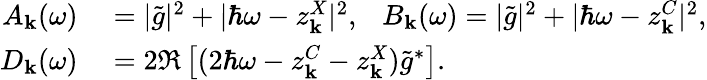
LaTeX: \begin{array}{rl}{A_{\mathbf k}(\omega)}&{{}=|\tilde{g}|^{2}+|\hbar\omega-z_{\mathbf k}^{X}|^{2},~~~B_{\mathbf k}(\omega)=|\tilde{g}|^{2}+|\hbar\omega-z_{\mathbf k}^{C}|^{2},}\\ {D_{\mathbf k}(\omega)}&{{}=2\Re\left[(2\hbar\omega-z_{\mathbf k}^{C}-z_{\mathbf k}^{X})\tilde{g}^{*}\right].}\end{array}